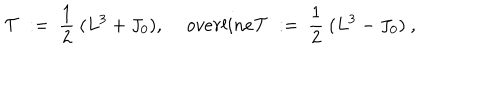
LaTeX: { \mathcal T } \ : = \ \frac 1 2 \ ( L ^ { 3 } + J _ { 0 } ) , \quad \, o v e r l i n e { \mathcal T } \ : = \ \frac 1 2 \ ( L ^ { 3 } - J _ { 0 } ) \ ,